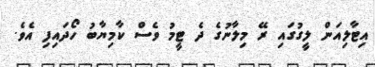
އިޓާލިއަން ލީގުގައި ރޭ މިލާނުގެ ދެ ޓީމު ވެސް ކާމިޔާބު ހޯދައިފި އެވެ.